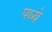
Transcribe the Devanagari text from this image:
पध्ये